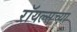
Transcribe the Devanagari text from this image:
रॉयल्सच्या